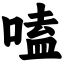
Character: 嗑